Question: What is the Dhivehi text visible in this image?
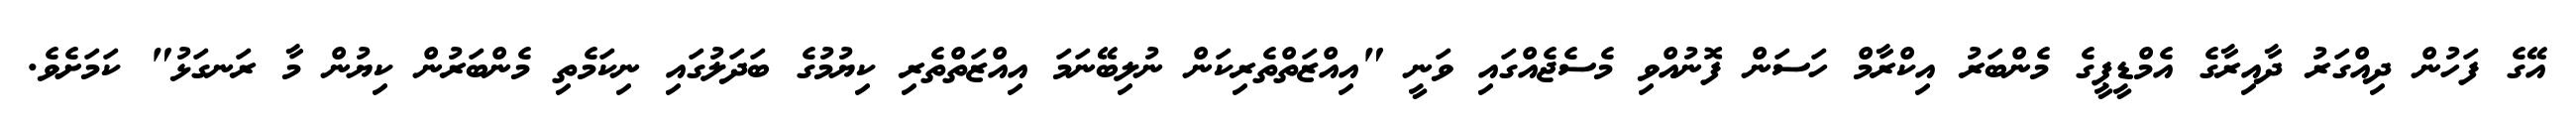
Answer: އޭގެ ފަހުން ދިއްގަރު ދާއިރާގެ އެމްޑީޕީގެ މެންބަރު އިކްރާމް ހަސަން ފޮނުއްވި މެސެޖެއްގައި ވަނީ "އިއްޒަތްތެރިކަން ނުލިބޭނަމަ އިއްޒަތްތެރި ކިޔުމުގެ ބަދަލުގައި ނިކަމެތި މެންބަރުން ކިޔުން މާ ރަނގަޅު" ކަމަށެވެ.